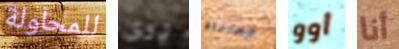
للمحاولة روى جعلناه أوو أنا